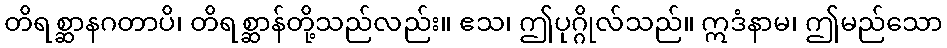
တိရစ္ဆာနဂတာပိ၊ တိရစ္ဆာန်တို့သည်လည်း။ ဧသ၊ ဤပုဂ္ဂိုလ်သည်။ ဣဒံနာမ၊ ဤမည်သော